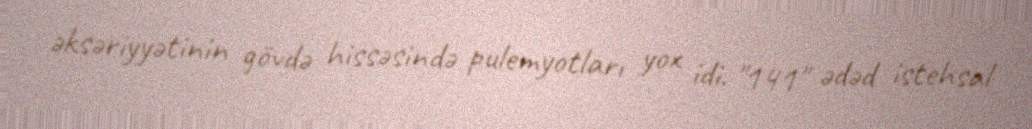
əksəriyyətinin gövdə hissəsində pulemyotları yox idi. "141" ədəd istehsal